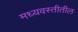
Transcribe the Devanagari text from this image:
मध्यवस्तीतील